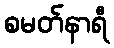
စမတ်နာရီ